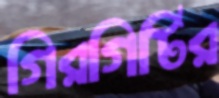
গিরগিটির